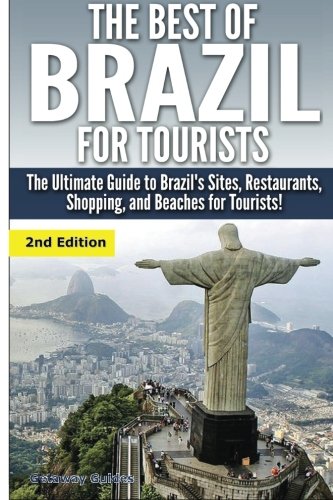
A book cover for The Best of Brazil For Tourists: The Ultimate Guide to Brazil's Sites, Restaurants, Shopping, and Beaches for Tourists!; Getaway Guides; Travel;